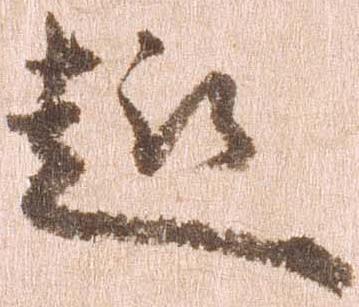
趣